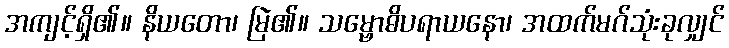
အကျင့်ရှိ၏။ နိယတော၊ မြဲ၏။ သမ္ဗောဓိပရာယနော၊ အထက်မဂ်သုံးခုလျှင်